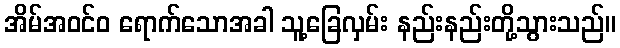
အိမ်အဝင်ဝ ရောက်သောအခါ သူ့ခြေလှမ်း နည်းနည်းတို့သွားသည်။